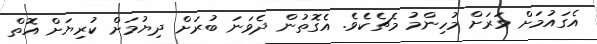
އެގައުމަށް ވަރަށް މުހިންމު މެޗެކެވެ. އެގޮތުން ދެވަނަ ބުރަށް ދިޔުމަށް ކުރިޔަށް އޮތް